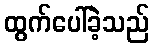
ထွက်ပေါ်ခဲ့သည်